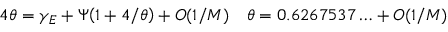
4 \theta = \gamma _ { E } + \Psi \! \left( 1 + 4 / \theta \right) + O ( 1 / M ) \quad \theta = 0 . 6 2 6 7 5 3 7 \ldots + O ( 1 / M )